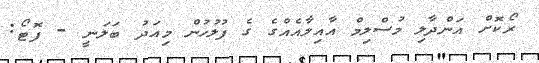
ރޯކޮށް އަންދާލި މުސްލިމް އާއިލާއެއްގެ ގެ ފުލުހުން މިއަދު ބަލަނީ - ފޮޓޯ: